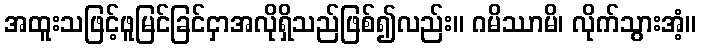
အထူးသဖြင့်ဖူမြင်ခြင်ငှာအလိုရှိသည်ဖြစ်၍လည်း။ ဂမိဿာမိ၊ လိုက်သွားအံ့။